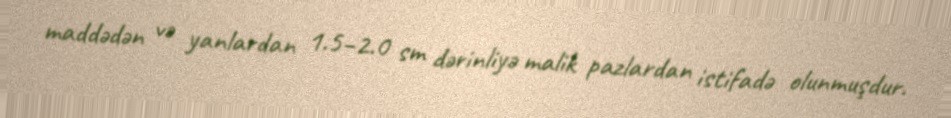
maddədən və yanlardan 1.5–2.0 sm dərinliyə malik pazlardan istifadə olunmuşdur.